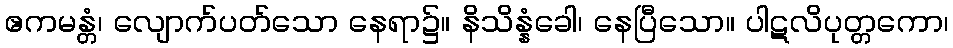
ဧကမန္တံ၊ လျောက်ပတ်သော နေရာ၌။ နိသိန္နံခေါ၊ နေပြီသော။ ပါဋလိပုတ္တကော၊